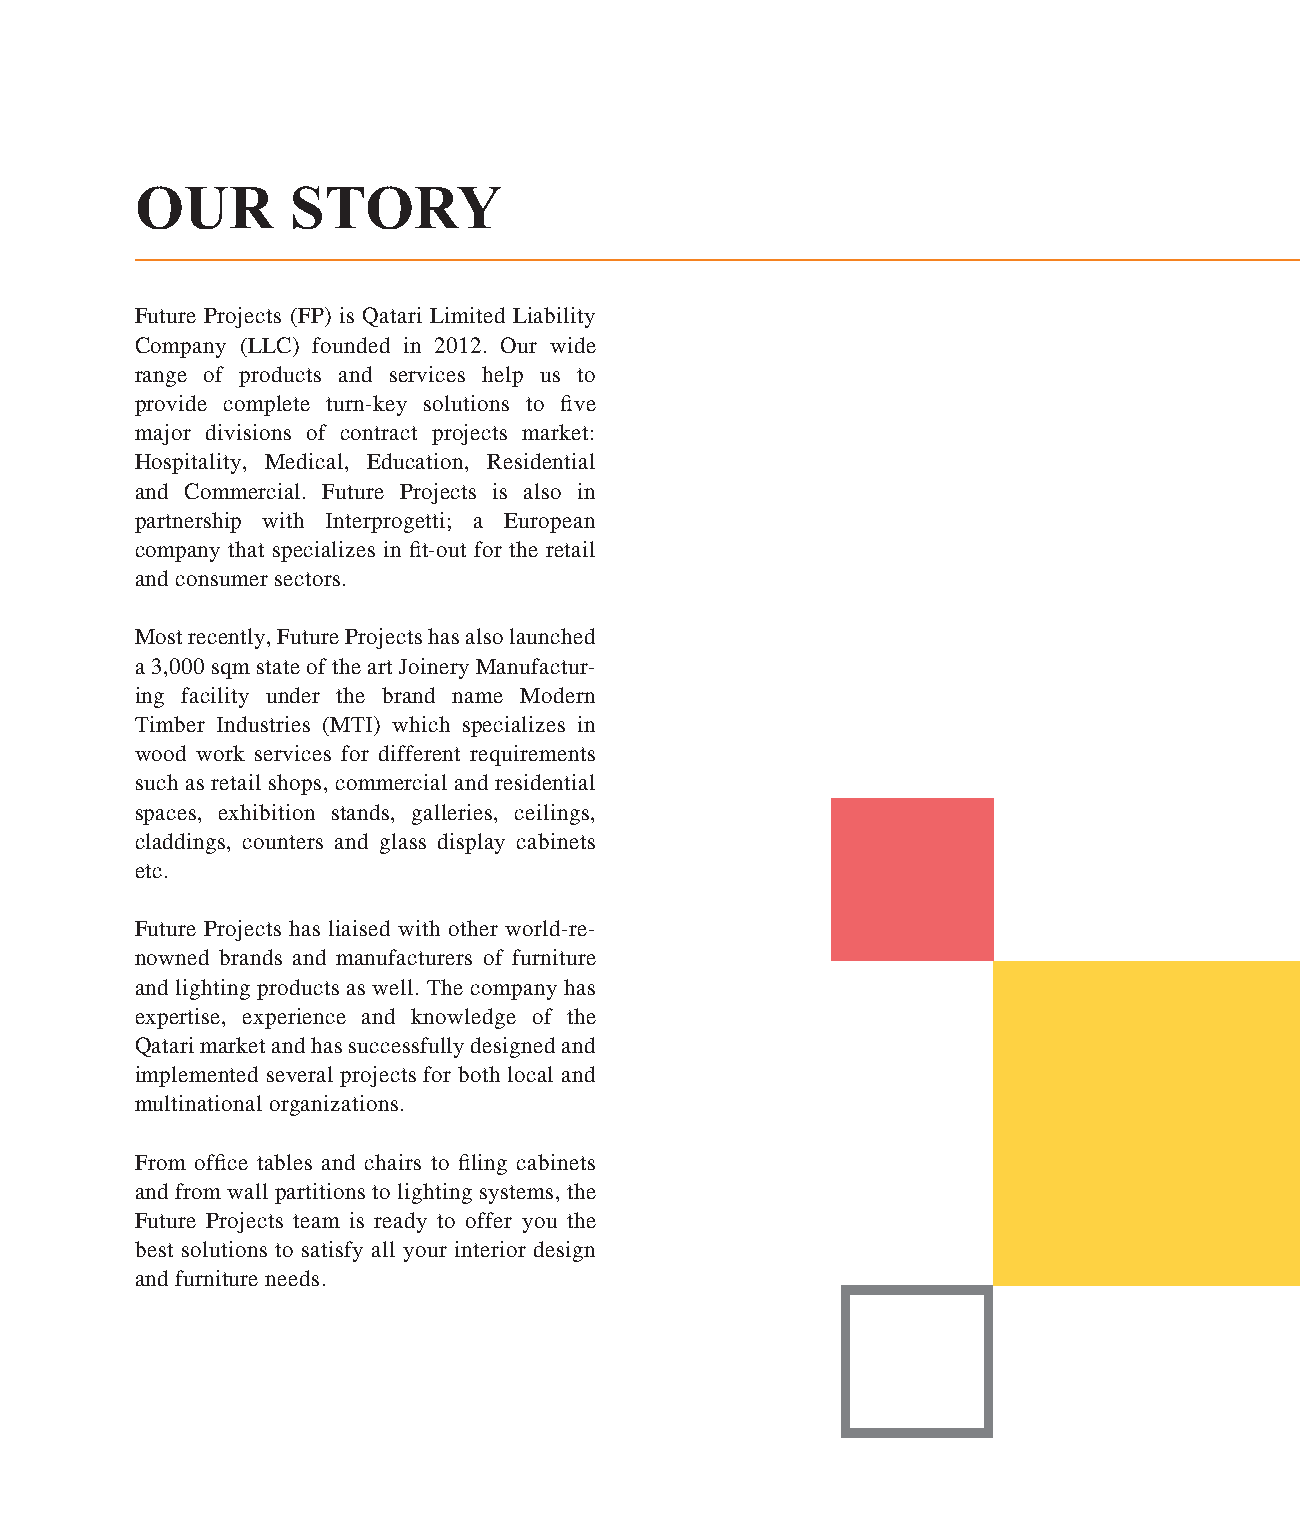
OUR       STORY
 Future Projects (FP) is Qatari Limited Liability
 Company (LLC) founded in 2012. Our wide
 range of products and services help us to
 provide complete turn-key solutions to five
 major divisions of contract projects market:
 Hospitality, Medical, Education, Residential
 and Commercial. Future Projects is also in
 partnership with Interprogetti; a European
 company that specializes in fit-out for the retail
 and consumer sectors.
 Most recently, Future Projects has also launched
 a 3,000 sqm state of the art Joinery Manufactur-
 ing facility under the brand name Modern
 Timber Industries (MTI) which specializes in
 wood work services for different requirements
 such as retail shops, commercial and residential
 spaces, exhibition stands, galleries, ceilings,
 claddings, counters and glass display cabinets
 etc.
 Future Projects has liaised with other world-re-
 nowned brands and manufacturers of furniture
 and lighting products as well. The company has
 expertise, experience and knowledge of the
 Qatari market and has successfully designed and
 implemented several projects for both local and
 multinational organizations.
 From office tables and chairs to filing cabinets
 and from wall partitions to lighting systems, the
 Future Projects team is ready to offer you the
 best solutions to satisfy all your interior design
 and furniture needs.